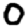
Digit: 0